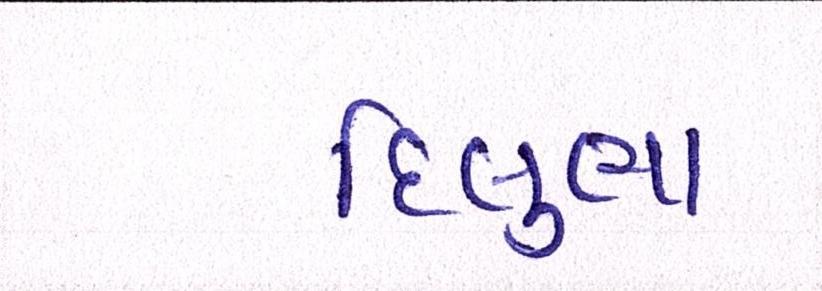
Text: દિલુભા